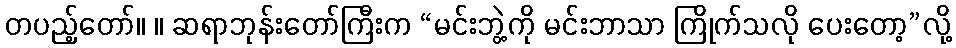
တပည့်တော်။ ။ ဆရာဘုန်းတော်ကြီးက “မင်းဘွဲ့ကို မင်းဘာသာ ကြိုက်သလို ပေးတော့”လို့